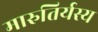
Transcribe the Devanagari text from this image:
मारुतिर्यस्य